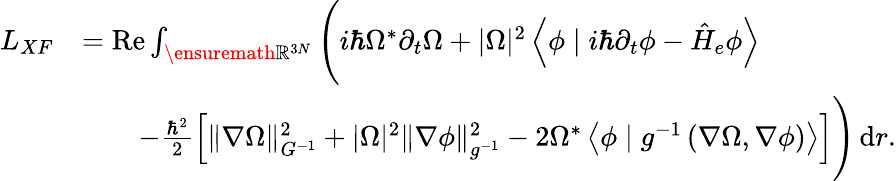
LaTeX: \begin{array}{rl}{L_{XF}}&{=\operatorname{Re}\int_{\ensuremath{\mathbb{R}}^{3N}}\Bigg(i\hbar\Omega^{*}\partial_{t}\Omega+|\Omega|^{2}\left\langle\phi\mid i\hbar\partial_{t}\phi-\hat{H}_{e}\phi\right\rangle}\\ &{\qquad-\frac{\hbar^{2}}{2}\Big[\| \nabla\Omega\| _{G^{-1}}^{2}+|\Omega|^{2}\| \nabla\phi\| _{g^{-1}}^{2}-2\Omega^{*}\left\langle\phi\mid g^{-1}\left(\nabla\Omega,\nabla\phi\right)\right\rangle\Big]\Bigg)\, \mathrm{d}r.}\end{array}